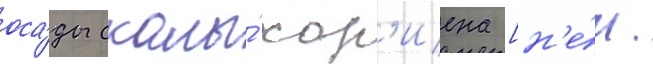
оса́ды скалы́ хор'иена [н'е́м.